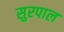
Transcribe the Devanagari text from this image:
सुरपाल